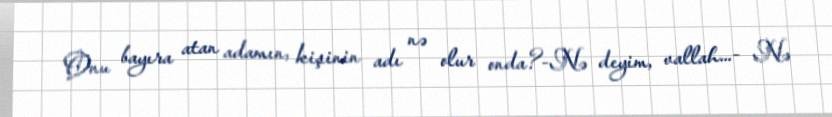
Onu bayıra atan adamın, kişinin adı nə olur onda?-Nə deyim, vallah...- Nə